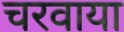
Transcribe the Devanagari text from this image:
चरवाया